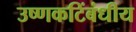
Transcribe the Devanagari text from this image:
उष्णकटिंबंधीय